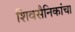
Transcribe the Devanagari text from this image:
शिवसैनिकांचा